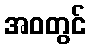
အဝတွင်